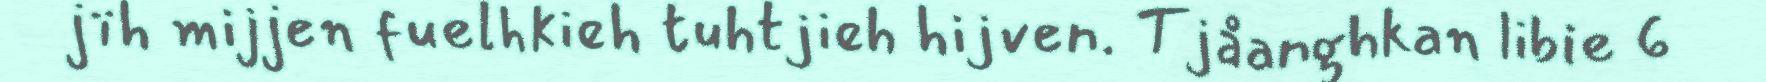
jïh mijjen fuelhkieh tuhtjieh hijven. Tjåanghkan libie 6